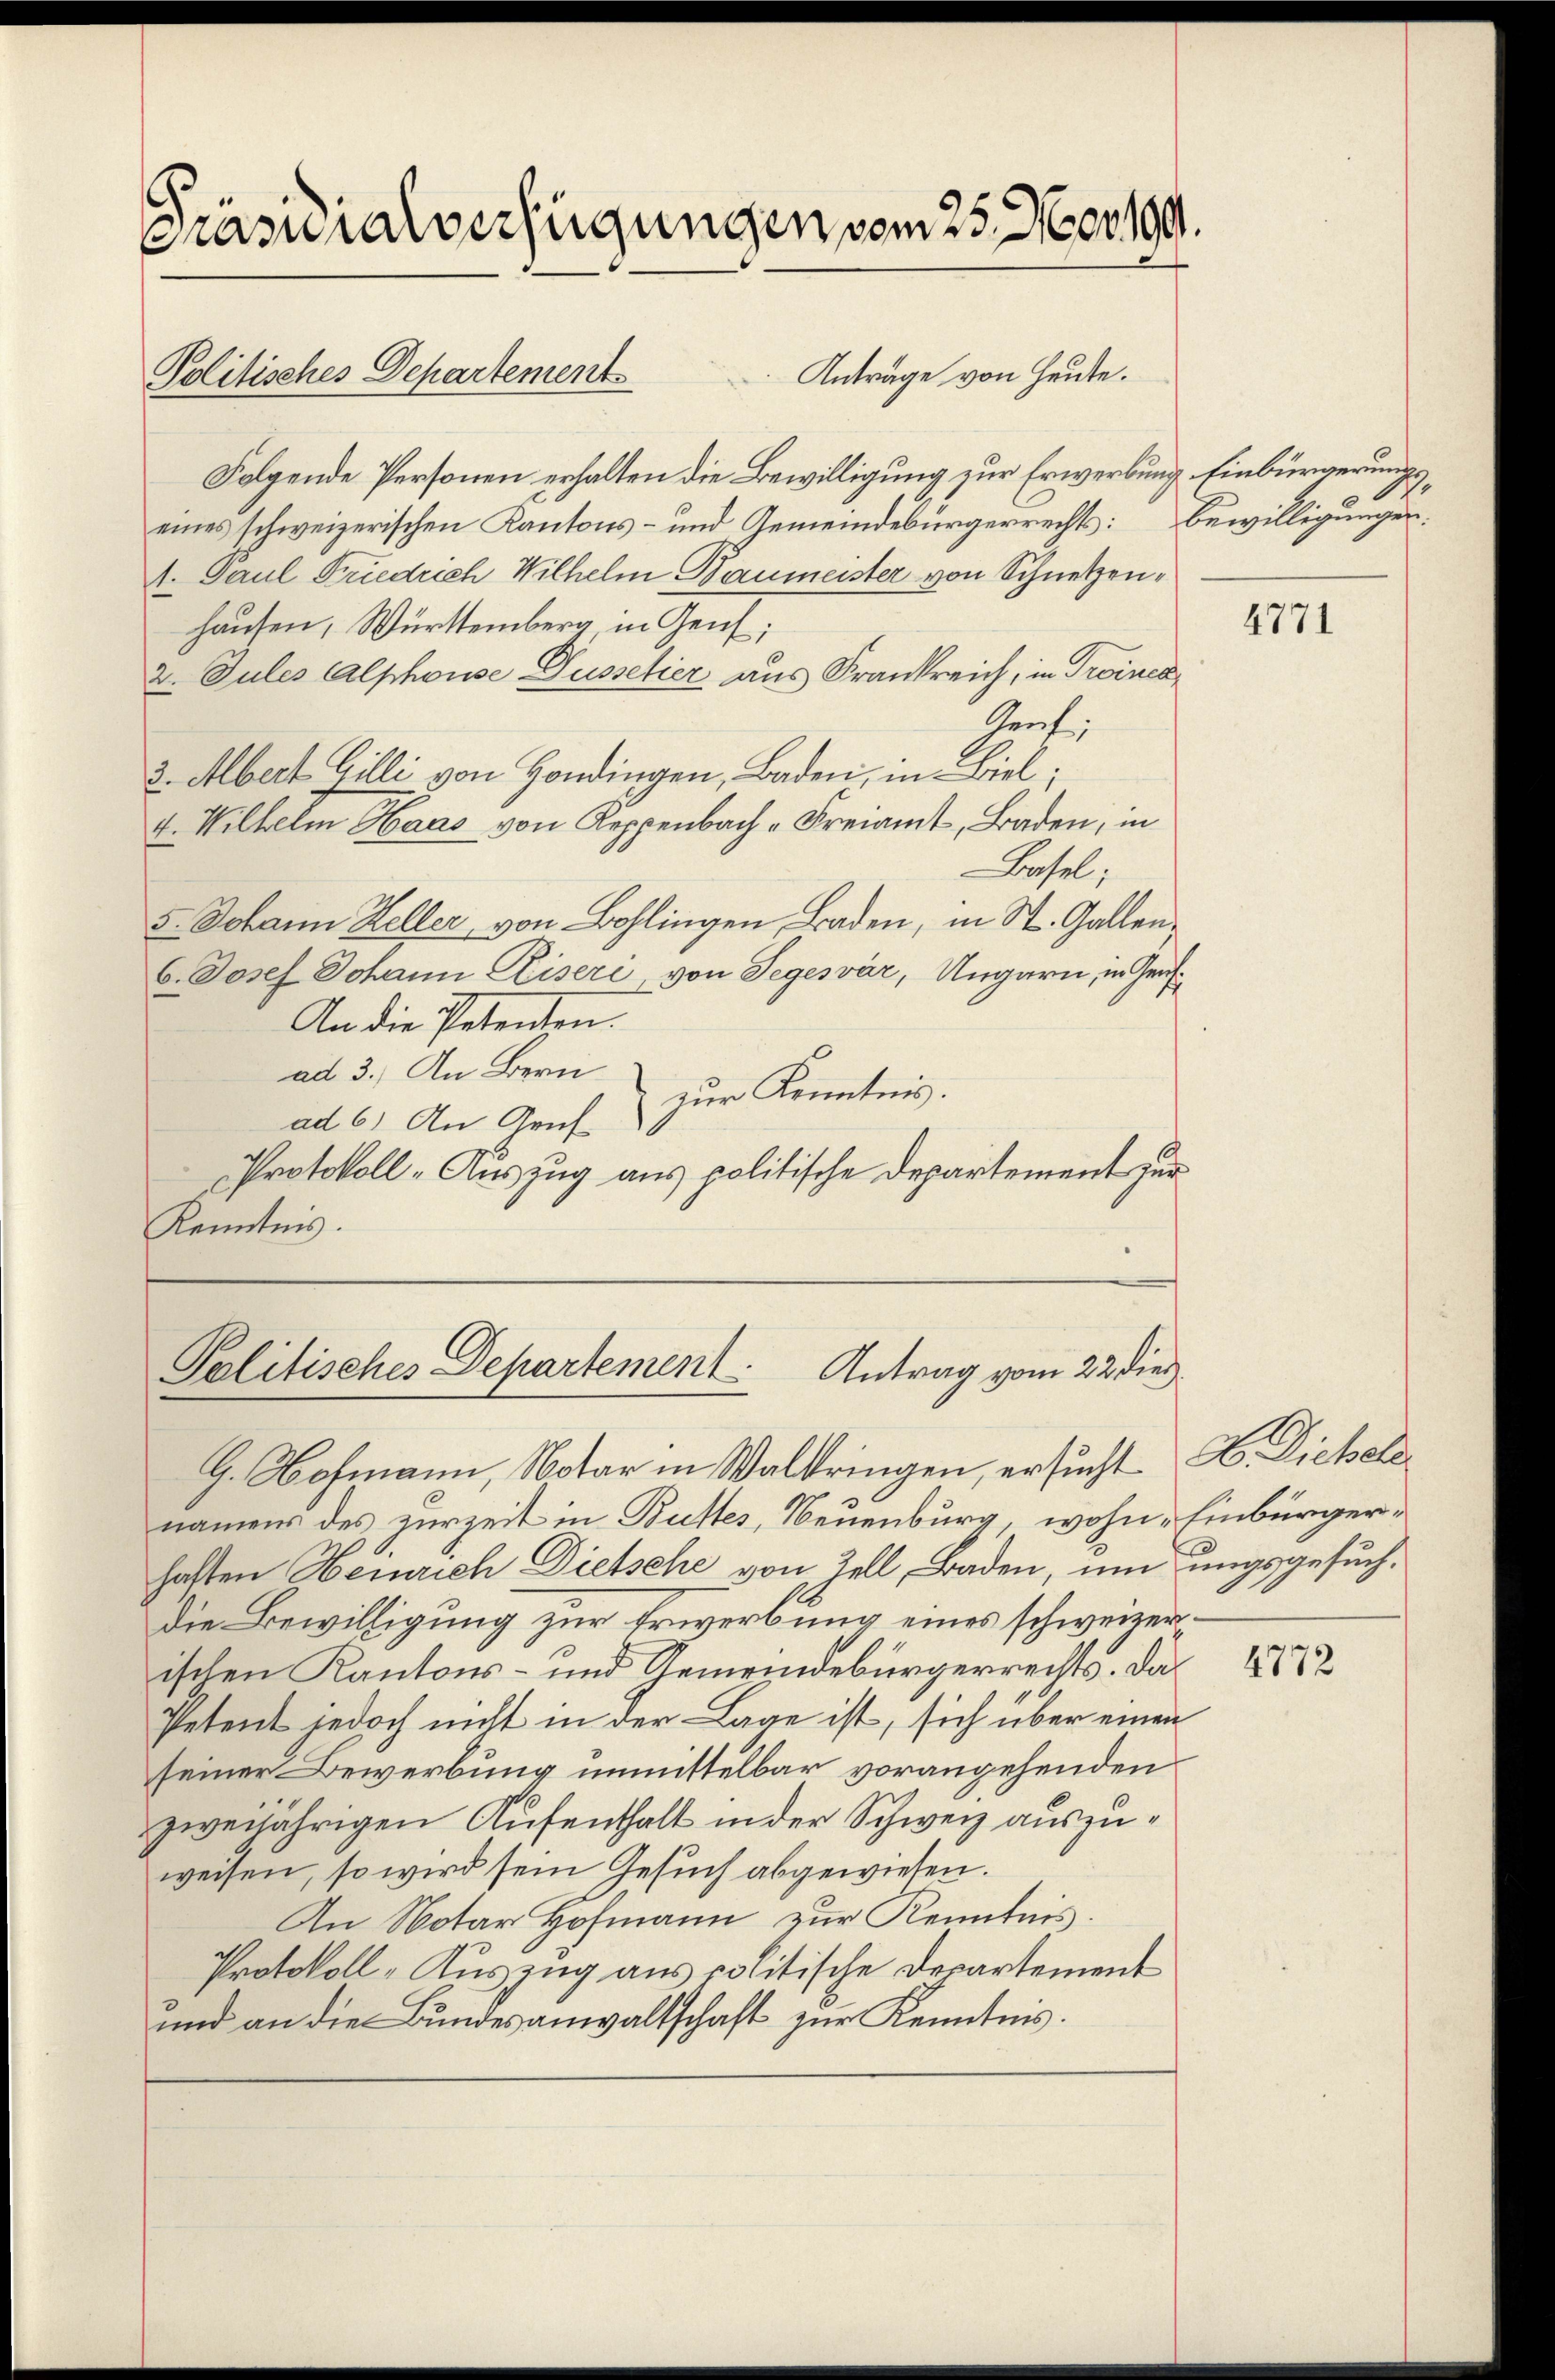
Präsidialverfügungen vom 25. Nov. 199.

Politisches Departements

Anträge von Heute.
Folgende Personen erhalten die Bewilligung zur Erwerbung Einbürgerungseines schweizerischen Kantons- und Gemeindebürgerrechts:
1. Paul Friedrich Wilhelm Baumeister von Schnetzenhausen, Württemberg, in Genf;
2. Jules Alphouse, Dussetier aus Frankreich, in Troines
Graf,
2. Albert Gilli von Hondingen, Baden, in Biel,
4. Wilhelm Haas von Reppenbach " Freiamt, Baden, in
Basel;
5. Johann Heller, von Bohlingen, Baden, in St. Gallen,
b. Josef Johann Eliseri von Segesvár, Ungarn, in Gens¬
An die Petenten.
ad 3.) An Bern
zur Kenntnis.
ad 6) An Gruf
Protokoll-Auszug aus politische Departement zur
Kenntnis.

Palitisches Departement. Antrag vom 22 dies

G. Hofmann, Notar in Waldringen, ersucht H. Dickele
namens des zurzeit in Butter, Neuenburg, wohne Einbürgerhaften Heinrich Dietsche von Zell, Baden, um ungsgesuchdie Bewilligung zur Erwerbung eines schweizerischen Kantons- und Gemeindebürgerrechts. Das
Petent jedoch nicht in der Lage ist, sich über einen
seiner Bewerbung unmittelbar vorangehenden
zweijährigen Aufenthalt in der Schweiz auszuweisen, so wird sein Gesuch abgewiesen.
An Notar Hofmann zur Kenntnis.
Protokoll-Auszug aus politische Departement
und an die Bundesanwaltschaft zur Kenntnis.

Bewilligungen.

4771

4772